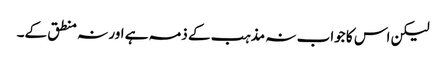
لیکن اس کا جواب نہ مذہب کے ذمہ ہے اور نہ منطق کے۔